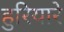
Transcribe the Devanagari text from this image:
हुरियारे